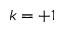
k = + 1